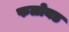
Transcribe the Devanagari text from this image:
फलोयड